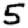
Digit: 5